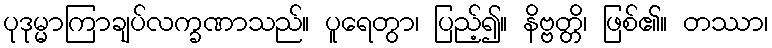
ပုဒုမ္မာကြာချပ်လက္ခဏာသည်။ ပူရေတွာ၊ ပြည့်၍။ နိဗ္ဗတ္တိ၊ ဖြစ်၏။ တဿာ၊